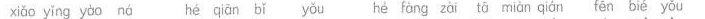
xiǎo yǐng yòo ná hé qiān bǐ yǒu hé fàng zài tā mīàn qján fēn bié yǒu